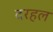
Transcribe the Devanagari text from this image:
दरहल